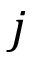
j